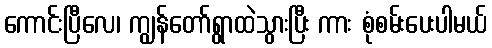
ကောင်းပြီလေ၊ ကျွန်တော်ရွာထဲသွားပြီး ကား စုံစမ်းပေးပါမယ်